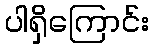
ပါရှိကြောင်း